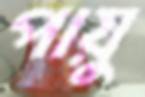
পায়ু